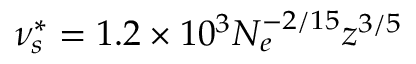
\nu _ { s } ^ { * } = 1 . 2 \times 1 0 ^ { 3 } N _ { e } ^ { - 2 / 1 5 } z ^ { 3 / 5 }